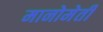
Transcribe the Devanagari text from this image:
मानोमेती